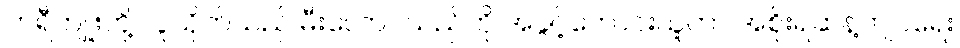
ဘရီကျူးတို့ လူသိုက်သည် မီးလောင်သည်ကို အခွင့်ကောင်းယူကာ အစိုးရဆန့်ကျင်ရေး